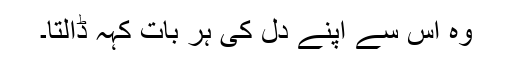
وہ اس سے اپنے دل کی ہر بات کہہ ڈالتا۔